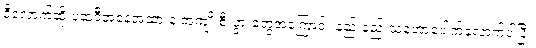
ဒီလောက်ဆို ပထဝီအနေအထားနဲ့ အကျိုးစီးပွားတွေအကြောင်း နည်းနည်းသဘောပေါက်လောက်ပါပြီ။